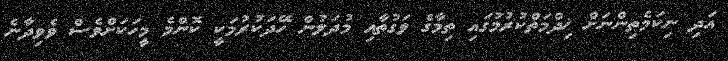
އަދި ނިކަމެތިންނަށް ޚިދްމަތްކުރުމުގައި ތިމާގެ ވަގުތާއި މުދަލުން ހޭދަކުރުމަކީ ކޮންމެ މީހަކަށްވެސް ވެވިދާނެ